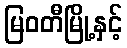
မြဝတီမြို့နှင့်